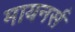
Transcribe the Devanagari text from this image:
मायनर्स